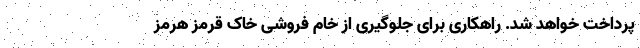
پرداخت خواهد شد. راهکاری برای جلوگیری از خام فروشی خاک قرمز هرمز